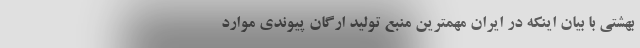
بهشتی با بیان اینکه در ایران مهمترین منبع تولید ارگان پیوندی موارد